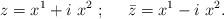
LaTeX: \begin{align*}z= x^1+i\ x^2 \; ; \;\;\;\;\; {\bar z}=x^1-i \ x^2.\end{align*}